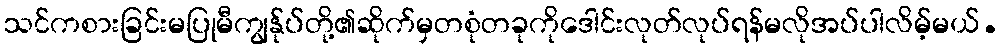
သင်ကစားခြင်းမပြုမီကျွန်ုပ်တို့၏ဆိုက်မှတစုံတခုကိုဒေါင်းလုတ်လုပ်ရန်မလိုအပ်ပါလိမ့်မယ်.